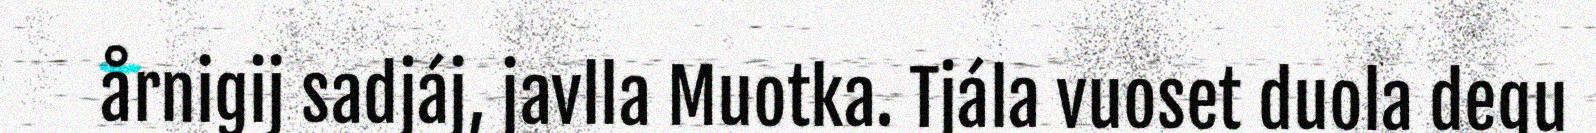
årnigij sadjáj, javlla Muotka. Tjála vuoset duola degu